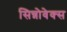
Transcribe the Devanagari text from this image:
सिन्नोवेक्स